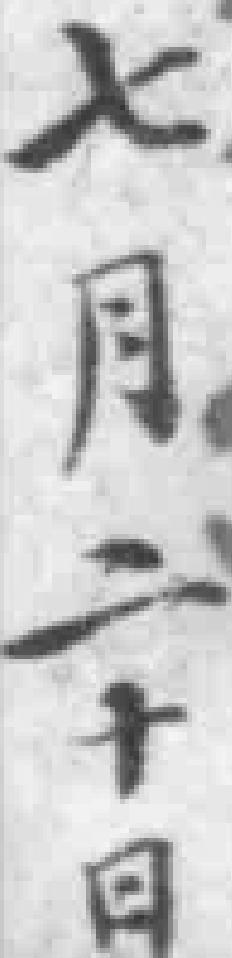
七月二十日